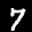
Digit: 7